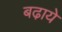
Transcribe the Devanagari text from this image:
बढा़ये